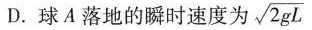
D.球A落地的瞬时速度为 \sqrt{2gL}